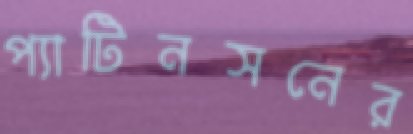
প্যাটিনসনের